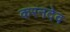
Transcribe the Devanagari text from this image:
करनदेव